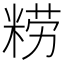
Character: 𰪿